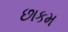
છાકમ